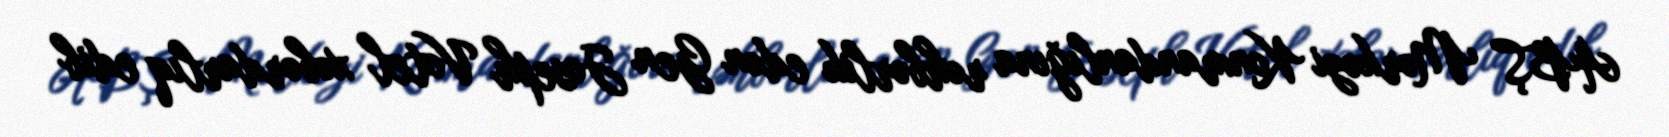
ABŞ Mərkəzi Konmandanlığına rəhbərlik edən Gen Joseph Votel xəbərdarlıq edib